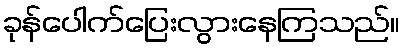
ခုန်ပေါက်ပြေးလွားနေကြသည်။